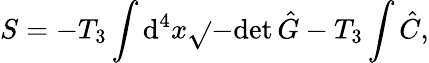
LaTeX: S=-T_{3}\int\mathrm{d}^{4}x\sqrt{}{{-\mathrm{{\mathrm{d}et}}\, \hat{{G}}}}-T_{3}\int\hat{{C}},